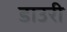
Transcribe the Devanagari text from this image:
डाउरी